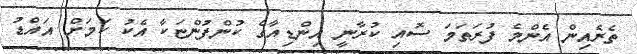
ތެރެއިން އެންމެ ފުރަތަމަ ސޮއި ކުރާނީ އިންޑިއާގެ ކުންފުންޏަކާ އެކު ކަމަށް އައްޑު